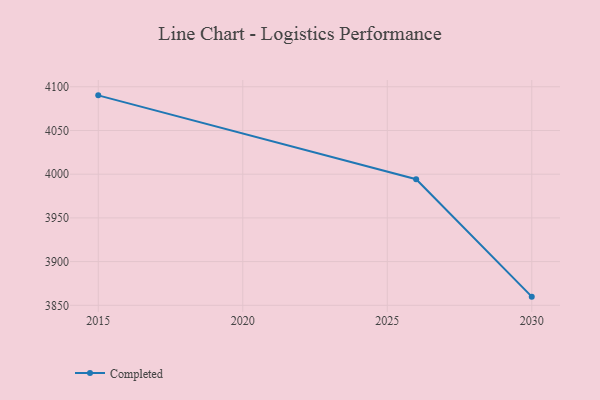
{"axis": {"x": "Year", "y": "Headcount"}, "legend": ["Completed"], "data": [{"x": "2015", "y": 4090.2, "type": "Completed"}, {"x": "2026", "y": 3994.2, "type": "Completed"}, {"x": "2030", "y": 3859.9, "type": "Completed"}]}